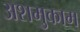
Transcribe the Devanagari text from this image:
अशमुकाम